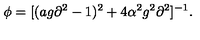
\phi = [ ( a g \partial ^ { 2 } - 1 ) ^ { 2 } + 4 \alpha ^ { 2 } g ^ { 2 } \partial ^ { 2 } ] ^ { - 1 } .